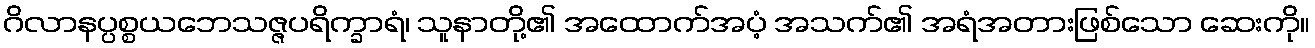
ဂိလာနပ္ပစ္စယဘေသဇ္ဇပရိက္ခာရံ၊ သူနာတို့၏ အထောက်အပံ့ အသက်၏ အရံအတားဖြစ်သော ဆေးကို။